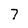
Character: 7